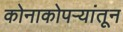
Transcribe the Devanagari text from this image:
कोनाकोपर्‍यांतून